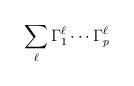
LaTeX: \begin{align*}\sum_\ell \Gamma_1^\ell \cdots \Gamma_p^\ell\end{align*}